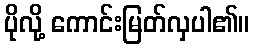
ပိုလို့ ကောင်းမြတ်လှပါ၏။